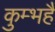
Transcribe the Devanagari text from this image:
कुम्भहै